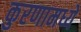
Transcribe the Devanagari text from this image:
कुरणामध्ये